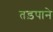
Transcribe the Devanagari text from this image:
तड़पाने